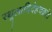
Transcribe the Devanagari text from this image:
स्थूलादिदेहचक्रांत